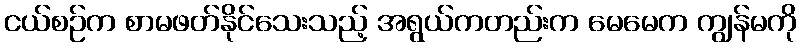
ငယ်စဉ်က စာမဖတ်နိုင်သေးသည့် အရွယ်ကတည်းက မေမေက ကျွန်မကို